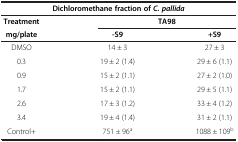
<table><thead><tr><td colspan="3"><b>Dichloromethane fraction of <i>C. pallida</i></b></td></tr><tr><td><b>Treatment</b></td><td colspan="2"><b>TA98</b></td></tr><tr><td><b>mg/plate</b></td><td><b>-S9</b></td><td><b>+S9</b></td></tr></thead><tbody><tr><td>DMSO</td><td>14 ± 3</td><td>27 ± 3</td></tr><tr><td>0.3</td><td>19 ± 2 (1.4)</td><td>29 ± 6 (1.1)</td></tr><tr><td>0.9</td><td>15 ± 2 (1.1)</td><td>27 ± 2 (1.0)</td></tr><tr><td>1.7</td><td>15 ± 2 (1.1)</td><td>29 ± 5 (1.1)</td></tr><tr><td>2.6</td><td>17 ± 3 (1.2)</td><td>33 ± 4 (1.2)</td></tr><tr><td>3.4</td><td>19 ± 4 (1.4)</td><td>31 ± 2 (1.1)</td></tr><tr><td>Control+</td><td>751 ± 96<sup>a</sup></td><td>1088 ± 109<sup>b</sup></td></tr></tbody></table>